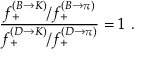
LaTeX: { \frac { f _ { + } ^ { ( B \to K ) } / f _ { + } ^ { ( B \to \pi ) } } { f _ { + } ^ { ( D \to K ) } / f _ { + } ^ { ( D \to \pi ) } } } = 1 \ .